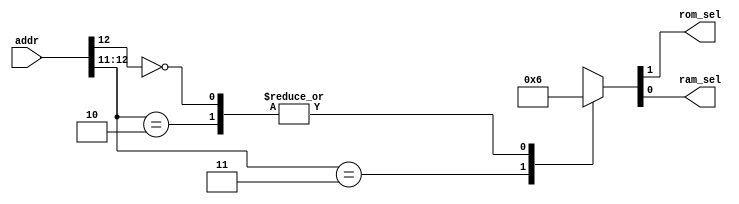
module addr_decoder (
    input       [12:0]  addr,
    output  reg         rom_sel,
    output  reg         ram_sel
);

always @(*) begin
    casex (addr)
        13'b1_1xxx_xxxx_xxxx : {rom_sel , ram_sel} = 2'b01 ; //ram: 1fffh-1800h
        13'b1_0xxx_xxxx_xxxx : {rom_sel , ram_sel} = 2'b10 ; //rom: 17ffh-0000h
        13'b0_xxxx_xxxx_xxxx : {rom_sel , ram_sel} = 2'b10 ;    
    endcase
end
    
endmodule